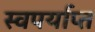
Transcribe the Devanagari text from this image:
स्वपर्याप्त